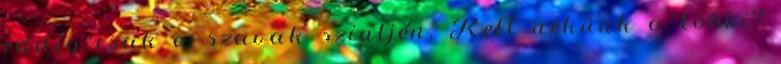
eddig csak a szavak szintjén. Kell nekünk a többi?